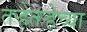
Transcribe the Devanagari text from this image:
तऱ्हेतऱ्हेच्या